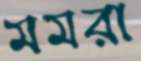
মমরা